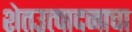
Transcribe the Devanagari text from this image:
शेतउत्पादनाचा